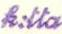
k:tta